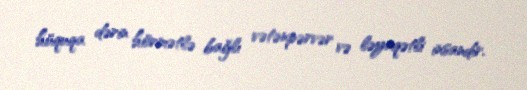
hüquqa dərin hörmətlə bağlı vətənpərvər və ləyaqətli insandır.